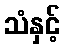
သံနှင့်